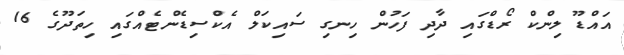
އައްޑޫ ލިންކް ރޯޑްގައި ދާދި ފަހުން ހިނގި ސައިކަލް އެކްސިޑެންޓެއްގައި ހިތަދޫގެ 16